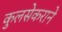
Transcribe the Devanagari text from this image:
कुलसेकराने